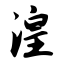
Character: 湟